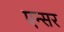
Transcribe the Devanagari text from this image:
एन्सर